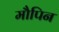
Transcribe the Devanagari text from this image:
मौपिन